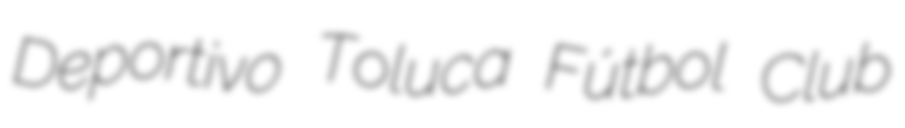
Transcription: Deportivo Toluca Fútbol Club